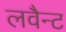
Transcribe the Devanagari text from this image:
लवैन्ट